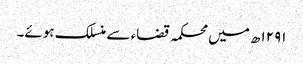
۱۲۹۱ھ میں محکمہ قضاء سے منسلک ہوئے۔